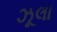
ઝૂલા